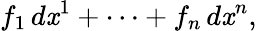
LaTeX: f_{1}\, d\mathit{x}^{1}+\cdots+f_{n}\, d\mathit{x}^{n},